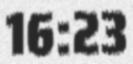
16:23